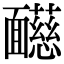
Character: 𩉋